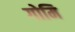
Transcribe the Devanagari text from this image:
गोमि